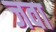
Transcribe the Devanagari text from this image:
जवा